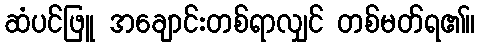
ဆံပင်ဖြူ အချောင်းတစ်ရာလျှင် တစ်မတ်ရ၏။